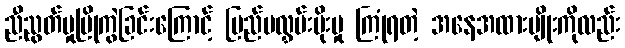
ညီညွတ်မှုပြိုကွဲခြင်းကြောင့် ပြည်ပလွှမ်းမိုးမှု ကြုံရတဲ့ အနေအထားမျိုးကိုလည်း